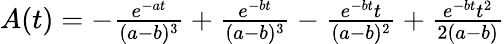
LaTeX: \begin{array}{cll}{A(t)=-\frac{e^{-at}}{(a-b)^{3}}+\frac{e^{-bt}}{(a-b)^{3}}-\frac{e^{-bt}t}{(a-b)^{2}}+\frac{e^{-bt}t^{2}}{2(a-b)}}\end{array}